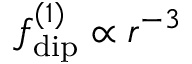
f _ { \mathrm { d i p } } ^ { ( 1 ) } \propto r ^ { - 3 }